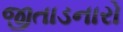
જીતાડનારો